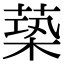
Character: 𦵶